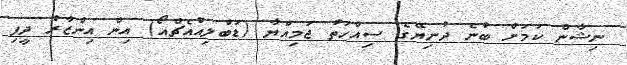
ނިޝާން ކަމަށް ބުނެ ދުނިޔޭގެ ސިއްހަތު ޖަމިއްޔާ (ޑަބްލިއުއެޗްއޯ) އިން އިންޒާރު ދީފި